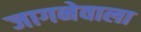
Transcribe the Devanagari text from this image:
जागनेवाला